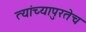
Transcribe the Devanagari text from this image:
त्यांच्यापुरतेच